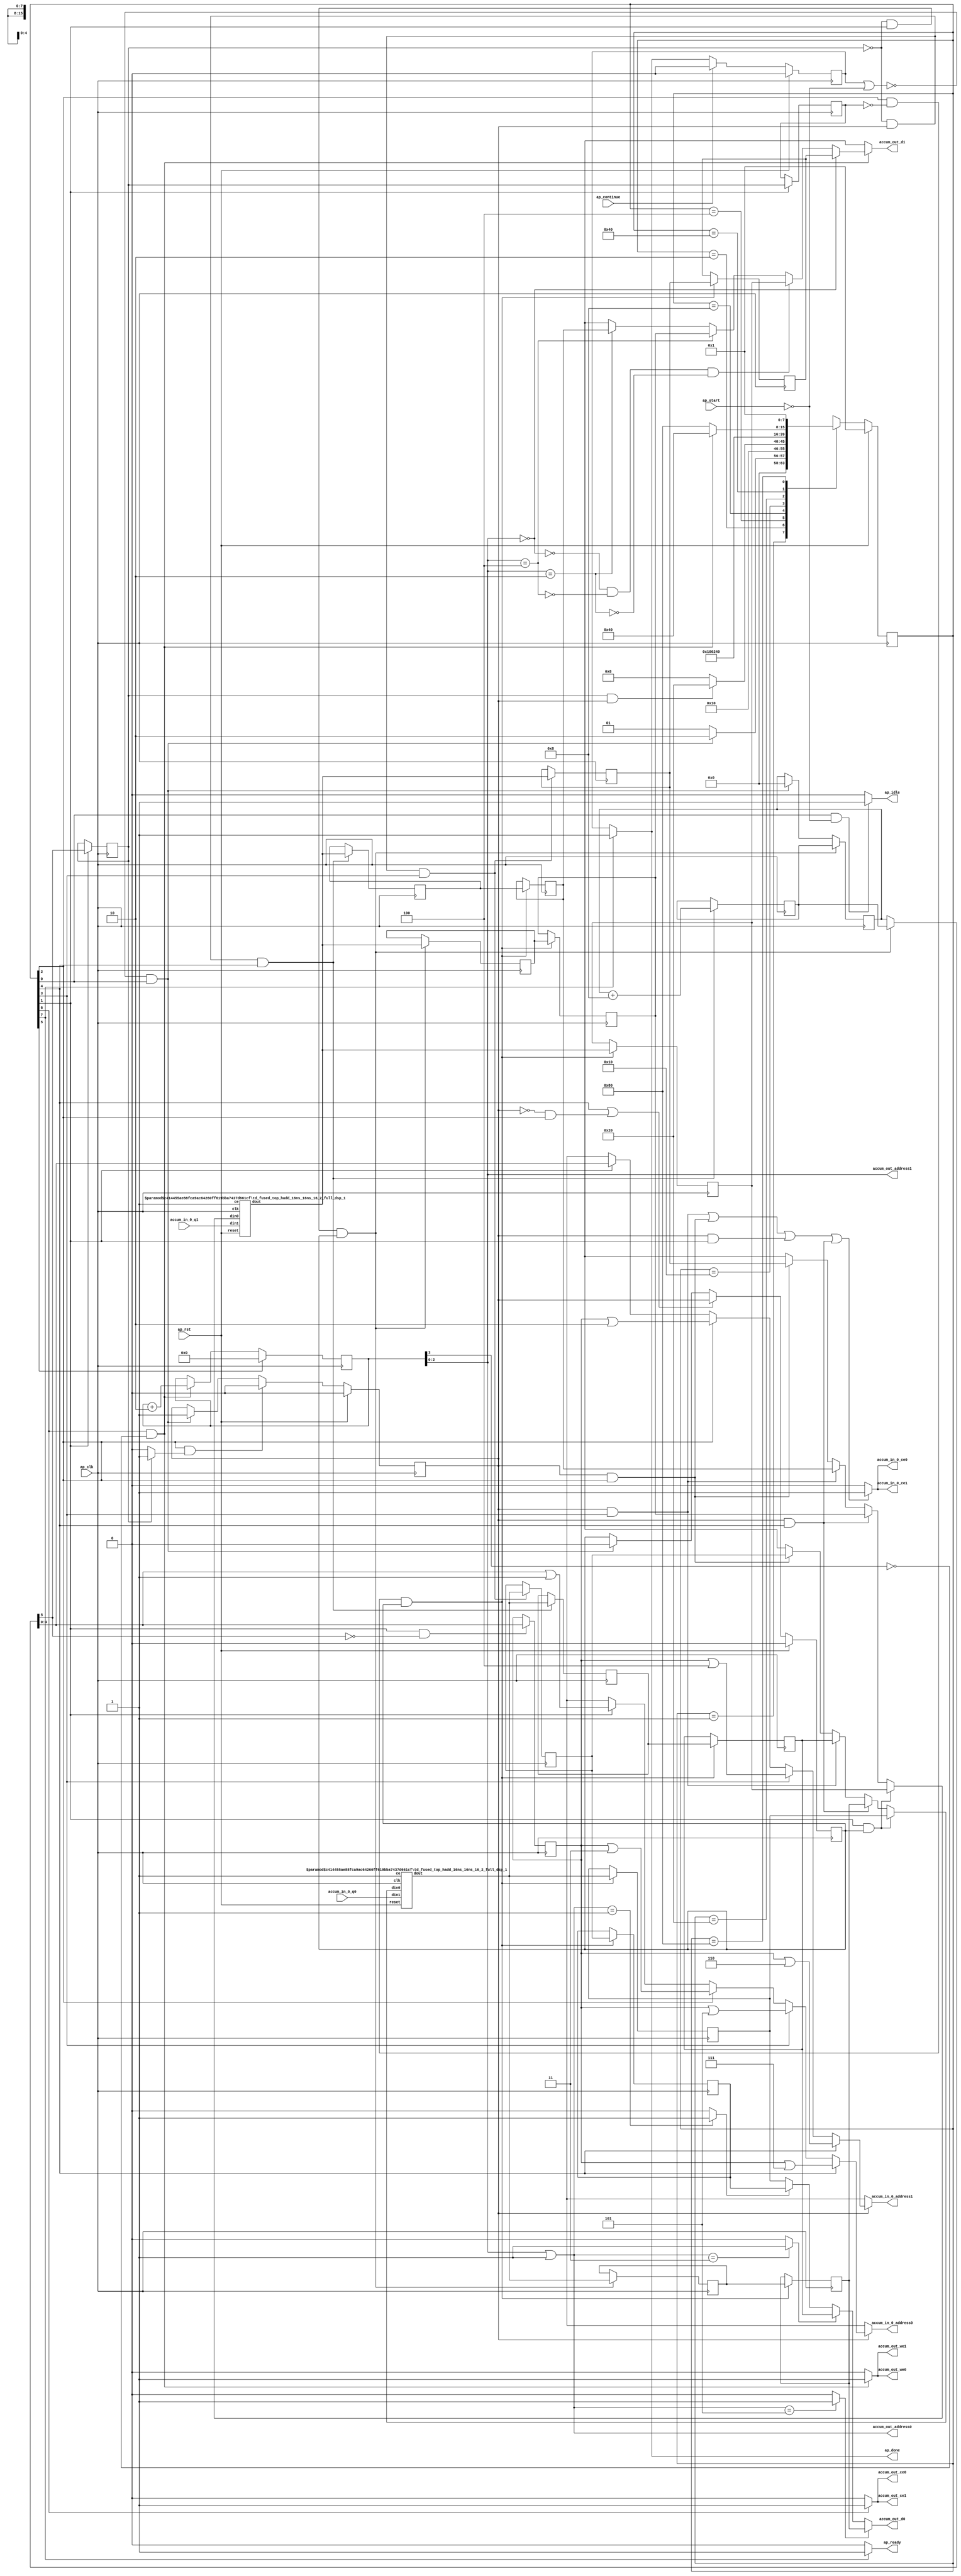
`define SIMULATION_MEMORY
`define EXPONENT 5
`define MANTISSA 10
`define ACTUAL_MANTISSA 11
`define EXPONENT_LSB 10
`define EXPONENT_MSB 14
`define MANTISSA_LSB 0
`define MANTISSA_MSB 9
`define MANTISSA_MUL_SPLIT_LSB 3
`define MANTISSA_MUL_SPLIT_MSB 9
`define SIGN 1
`define SIGN_LOC 15
`define DWIDTH (`SIGN+`EXPONENT+`MANTISSA)
`define IEEE_COMPLIANCE 1

module td_fused_top_tdf3_accum_1 (
        ap_clk,
        ap_rst,
        ap_start,
        ap_done,
        ap_continue,
        ap_idle,
        ap_ready,
        accum_in_0_address0,
        accum_in_0_ce0,
        accum_in_0_q0,
        accum_in_0_address1,
        accum_in_0_ce1,
        accum_in_0_q1,
        accum_out_address0,
        accum_out_ce0,
        accum_out_we0,
        accum_out_d0,
        accum_out_address1,
        accum_out_ce1,
        accum_out_we1,
        accum_out_d1
);

parameter    ap_ST_fsm_state1 = 8'd1;
parameter    ap_ST_fsm_pp0_stage0 = 8'd2;
parameter    ap_ST_fsm_pp0_stage1 = 8'd4;
parameter    ap_ST_fsm_pp0_stage2 = 8'd8;
parameter    ap_ST_fsm_pp0_stage3 = 8'd16;
parameter    ap_ST_fsm_state8 = 8'd32;
parameter    ap_ST_fsm_state9 = 8'd64;
parameter    ap_ST_fsm_state10 = 8'd128;

input   ap_clk;
input   ap_rst;
input   ap_start;
output   ap_done;
input   ap_continue;
output   ap_idle;
output   ap_ready;
output  [4:0] accum_in_0_address0;
output   accum_in_0_ce0;
input  [15:0] accum_in_0_q0;
output  [4:0] accum_in_0_address1;
output   accum_in_0_ce1;
input  [15:0] accum_in_0_q1;
output  [2:0] accum_out_address0;
output   accum_out_ce0;
output   accum_out_we0;
output  [15:0] accum_out_d0;
output  [2:0] accum_out_address1;
output   accum_out_ce1;
output   accum_out_we1;
output  [15:0] accum_out_d1;

reg ap_done;
reg ap_idle;
reg ap_ready;
reg[4:0] accum_in_0_address0;
reg accum_in_0_ce0;
reg[4:0] accum_in_0_address1;
reg accum_in_0_ce1;
reg accum_out_ce0;
reg accum_out_we0;
reg accum_out_ce1;
reg accum_out_we1;

reg    ap_done_reg;
  reg   [7:0] ap_CS_fsm;
wire    ap_CS_fsm_state1;
reg   [5:0] x_reg_168;
reg   [15:0] psum_7_08_reg_180;
reg   [15:0] psum_6_07_reg_192;
reg   [15:0] psum_5_06_reg_204;
reg   [15:0] psum_4_05_reg_216;
reg   [15:0] psum_3_04_reg_228;
reg   [15:0] psum_2_03_reg_240;
reg   [15:0] psum_1_02_reg_252;
reg   [15:0] psum_0_01_reg_264;
wire    ap_CS_fsm_pp0_stage1;
reg    ap_enable_reg_pp0_iter0;
wire    ap_block_state3_pp0_stage1_iter0;
wire    ap_block_state7_pp0_stage1_iter1;
wire    ap_block_pp0_stage1_11001;
reg   [0:0] tmp_reg_504;
wire    ap_CS_fsm_pp0_stage2;
wire    ap_block_state4_pp0_stage2_iter0;
wire    ap_block_pp0_stage2_11001;
wire    ap_CS_fsm_pp0_stage3;
wire    ap_block_state5_pp0_stage3_iter0;
wire    ap_block_pp0_stage3_11001;
wire    ap_CS_fsm_pp0_stage0;
reg    ap_enable_reg_pp0_iter1;
wire    ap_block_state2_pp0_stage0_iter0;
wire    ap_block_state6_pp0_stage0_iter1;
wire    ap_block_pp0_stage0_11001;
wire   [0:0] tmp_fu_333_p3;
reg   [0:0] tmp_reg_504_pp0_iter1_reg;
wire   [4:0] trunc_ln25_fu_346_p1;
reg   [4:0] trunc_ln25_reg_508;
wire   [15:0] grp_fu_305_p2;
reg   [15:0] psum_0_reg_538;
wire   [15:0] grp_fu_311_p2;
reg   [15:0] psum_1_reg_543;
wire   [5:0] add_ln25_fu_401_p2;
reg   [5:0] add_ln25_reg_558;
reg   [15:0] psum_2_reg_563;
reg   [15:0] psum_3_reg_568;
reg   [15:0] psum_4_reg_583;
reg   [15:0] psum_5_reg_588;
wire   [3:0] add_ln33_fu_444_p2;
wire    ap_CS_fsm_state9;
wire   [0:0] tmp_80_fu_427_p3;
reg    ap_block_state1;
wire    ap_block_pp0_stage1_subdone;
reg    ap_condition_pp0_exit_iter0_state3;
wire    ap_block_pp0_stage3_subdone;
reg   [5:0] ap_phi_mux_x_phi_fu_172_p4;
wire    ap_block_pp0_stage0;
wire    ap_block_pp0_stage1;
reg   [3:0] q_reg_276;
wire    ap_CS_fsm_state8;
reg   [15:0] ap_phi_mux_phi_ln45_phi_fu_290_p8;
wire   [2:0] trunc_ln33_fu_440_p1;
wire   [63:0] zext_ln25_fu_341_p1;
wire   [63:0] zext_ln29_fu_356_p1;
wire   [63:0] zext_ln29_13_fu_366_p1;
wire   [63:0] zext_ln29_14_fu_376_p1;
wire   [63:0] zext_ln29_15_fu_386_p1;
wire    ap_block_pp0_stage2;
wire   [63:0] zext_ln29_16_fu_396_p1;
wire   [63:0] zext_ln29_17_fu_412_p1;
wire    ap_block_pp0_stage3;
wire   [63:0] zext_ln29_18_fu_422_p1;
wire   [63:0] zext_ln33_fu_435_p1;
wire   [63:0] zext_ln33_3_fu_456_p1;
reg   [15:0] grp_fu_305_p0;
reg   [15:0] grp_fu_311_p0;
wire   [4:0] or_ln29_fu_350_p2;
wire   [4:0] or_ln29_13_fu_361_p2;
wire   [4:0] or_ln29_14_fu_371_p2;
wire   [4:0] or_ln29_15_fu_381_p2;
wire   [4:0] or_ln29_16_fu_391_p2;
wire   [4:0] or_ln29_17_fu_407_p2;
wire   [4:0] or_ln29_18_fu_417_p2;
wire   [2:0] or_ln33_fu_450_p2;
wire   [0:0] icmp_ln45_fu_461_p2;
wire   [0:0] icmp_ln45_5_fu_475_p2;
wire   [15:0] select_ln45_fu_467_p3;
wire   [0:0] icmp_ln45_6_fu_489_p2;
wire   [15:0] select_ln45_5_fu_481_p3;
wire    ap_CS_fsm_state10;
reg   [7:0] ap_NS_fsm;
wire    ap_block_pp0_stage0_subdone;
wire    ap_block_pp0_stage2_subdone;
reg    ap_idle_pp0;
wire    ap_enable_pp0;
reg    ap_condition_467;
wire    ap_ce_reg;

// power-on initialization
initial begin
#0 ap_done_reg = 1'b0;
#0 ap_CS_fsm = 8'd1;
#0 ap_enable_reg_pp0_iter0 = 1'b0;
#0 ap_enable_reg_pp0_iter1 = 1'b0;
end

td_fused_top_hadd_16ns_16ns_16_2_full_dsp_1 #(
    .ID( 1 ),
    .NUM_STAGE( 2 ),
    .din0_WIDTH( 16 ),
    .din1_WIDTH( 16 ),
    .dout_WIDTH( 16 ))
hadd_16ns_16ns_16_2_full_dsp_1_U254(
    .clk(ap_clk),
    .reset(ap_rst),
    .din0(grp_fu_305_p0),
    .din1(accum_in_0_q1),
    .ce(1'b1),
    .dout(grp_fu_305_p2)
);

td_fused_top_hadd_16ns_16ns_16_2_full_dsp_1 #(
    .ID( 1 ),
    .NUM_STAGE( 2 ),
    .din0_WIDTH( 16 ),
    .din1_WIDTH( 16 ),
    .dout_WIDTH( 16 ))
hadd_16ns_16ns_16_2_full_dsp_1_U255(
    .clk(ap_clk),
    .reset(ap_rst),
    .din0(grp_fu_311_p0),
    .din1(accum_in_0_q0),
    .ce(1'b1),
    .dout(grp_fu_311_p2)
);

always @ (posedge ap_clk) begin
    if (ap_rst == 1'b1) begin
        ap_CS_fsm <= ap_ST_fsm_state1;
    end else begin
        ap_CS_fsm <= ap_NS_fsm;
    end
end

always @ (posedge ap_clk) begin
    if (ap_rst == 1'b1) begin
        ap_done_reg <= 1'b0;
    end else begin
        if ((ap_continue == 1'b1)) begin
            ap_done_reg <= 1'b0;
        end else if ((1'b1 == ap_CS_fsm_state10)) begin
            ap_done_reg <= 1'b1;
        end
    end
end

always @ (posedge ap_clk) begin
    if (ap_rst == 1'b1) begin
        ap_enable_reg_pp0_iter0 <= 1'b0;
    end else begin
        if (((1'b0 == ap_block_pp0_stage1_subdone) & (1'b1 == ap_CS_fsm_pp0_stage1) & (1'b1 == ap_condition_pp0_exit_iter0_state3))) begin
            ap_enable_reg_pp0_iter0 <= 1'b0;
        end else if ((~((ap_done_reg == 1'b1) | (ap_start == 1'b0)) & (1'b1 == ap_CS_fsm_state1))) begin
            ap_enable_reg_pp0_iter0 <= 1'b1;
        end
    end
end

always @ (posedge ap_clk) begin
    if (ap_rst == 1'b1) begin
        ap_enable_reg_pp0_iter1 <= 1'b0;
    end else begin
        if ((((1'b0 == ap_block_pp0_stage3_subdone) & (1'b1 == ap_CS_fsm_pp0_stage3)) | ((1'b0 == ap_block_pp0_stage1_subdone) & (ap_enable_reg_pp0_iter0 == 1'b0) & (1'b1 == ap_CS_fsm_pp0_stage1)))) begin
            ap_enable_reg_pp0_iter1 <= ap_enable_reg_pp0_iter0;
        end else if ((~((ap_done_reg == 1'b1) | (ap_start == 1'b0)) & (1'b1 == ap_CS_fsm_state1))) begin
            ap_enable_reg_pp0_iter1 <= 1'b0;
        end
    end
end

always @ (posedge ap_clk) begin
    if ((1'b1 == ap_CS_fsm_state8)) begin
        q_reg_276 <= 4'd0;
    end else if (((1'b1 == ap_CS_fsm_state9) & (tmp_80_fu_427_p3 == 1'd0))) begin
        q_reg_276 <= add_ln33_fu_444_p2;
    end
end

always @ (posedge ap_clk) begin
    if (((tmp_reg_504 == 1'd0) & (1'b0 == ap_block_pp0_stage0_11001) & (1'b1 == ap_CS_fsm_pp0_stage0) & (ap_enable_reg_pp0_iter1 == 1'b1))) begin
        x_reg_168 <= add_ln25_reg_558;
    end else if ((~((ap_done_reg == 1'b1) | (ap_start == 1'b0)) & (1'b1 == ap_CS_fsm_state1))) begin
        x_reg_168 <= 6'd0;
    end
end

always @ (posedge ap_clk) begin
    if (((tmp_reg_504 == 1'd0) & (1'b0 == ap_block_pp0_stage3_11001) & (ap_enable_reg_pp0_iter0 == 1'b1) & (1'b1 == ap_CS_fsm_pp0_stage3))) begin
        add_ln25_reg_558 <= add_ln25_fu_401_p2;
        psum_2_reg_563 <= grp_fu_305_p2;
        psum_3_reg_568 <= grp_fu_311_p2;
    end
end

always @ (posedge ap_clk) begin
    if (((1'b0 == ap_block_pp0_stage1_11001) & (1'b1 == ap_CS_fsm_pp0_stage1) & (tmp_reg_504_pp0_iter1_reg == 1'd0) & (ap_enable_reg_pp0_iter1 == 1'b1))) begin
        psum_0_01_reg_264 <= psum_0_reg_538;
        psum_1_02_reg_252 <= psum_1_reg_543;
        psum_2_03_reg_240 <= psum_2_reg_563;
        psum_3_04_reg_228 <= psum_3_reg_568;
        psum_4_05_reg_216 <= psum_4_reg_583;
        psum_5_06_reg_204 <= psum_5_reg_588;
        psum_6_07_reg_192 <= grp_fu_305_p2;
        psum_7_08_reg_180 <= grp_fu_311_p2;
    end
end

always @ (posedge ap_clk) begin
    if (((tmp_reg_504 == 1'd0) & (1'b0 == ap_block_pp0_stage2_11001) & (ap_enable_reg_pp0_iter0 == 1'b1) & (1'b1 == ap_CS_fsm_pp0_stage2))) begin
        psum_0_reg_538 <= grp_fu_305_p2;
        psum_1_reg_543 <= grp_fu_311_p2;
    end
end

always @ (posedge ap_clk) begin
    if (((tmp_reg_504 == 1'd0) & (1'b0 == ap_block_pp0_stage0_11001) & (1'b1 == ap_CS_fsm_pp0_stage0) & (ap_enable_reg_pp0_iter1 == 1'b1))) begin
        psum_4_reg_583 <= grp_fu_305_p2;
        psum_5_reg_588 <= grp_fu_311_p2;
    end
end

always @ (posedge ap_clk) begin
    if (((1'b0 == ap_block_pp0_stage0_11001) & (1'b1 == ap_CS_fsm_pp0_stage0))) begin
        tmp_reg_504 <= ap_phi_mux_x_phi_fu_172_p4[32'd5];
        tmp_reg_504_pp0_iter1_reg <= tmp_reg_504;
    end
end

always @ (posedge ap_clk) begin
    if (((1'b0 == ap_block_pp0_stage0_11001) & (1'b1 == ap_CS_fsm_pp0_stage0) & (tmp_fu_333_p3 == 1'd0))) begin
        trunc_ln25_reg_508 <= trunc_ln25_fu_346_p1;
    end
end

always @ (*) begin
    if ((ap_enable_reg_pp0_iter0 == 1'b1)) begin
        if (((1'b0 == ap_block_pp0_stage3) & (1'b1 == ap_CS_fsm_pp0_stage3))) begin
            accum_in_0_address0 = zext_ln29_18_fu_422_p1;
        end else if (((1'b0 == ap_block_pp0_stage2) & (1'b1 == ap_CS_fsm_pp0_stage2))) begin
            accum_in_0_address0 = zext_ln29_16_fu_396_p1;
        end else if (((1'b0 == ap_block_pp0_stage1) & (1'b1 == ap_CS_fsm_pp0_stage1))) begin
            accum_in_0_address0 = zext_ln29_14_fu_376_p1;
        end else if (((1'b0 == ap_block_pp0_stage0) & (1'b1 == ap_CS_fsm_pp0_stage0))) begin
            accum_in_0_address0 = zext_ln29_fu_356_p1;
        end else begin
            accum_in_0_address0 = 'bx;
        end
    end else begin
        accum_in_0_address0 = 'bx;
    end
end

always @ (*) begin
    if ((ap_enable_reg_pp0_iter0 == 1'b1)) begin
        if (((1'b0 == ap_block_pp0_stage3) & (1'b1 == ap_CS_fsm_pp0_stage3))) begin
            accum_in_0_address1 = zext_ln29_17_fu_412_p1;
        end else if (((1'b0 == ap_block_pp0_stage2) & (1'b1 == ap_CS_fsm_pp0_stage2))) begin
            accum_in_0_address1 = zext_ln29_15_fu_386_p1;
        end else if (((1'b0 == ap_block_pp0_stage1) & (1'b1 == ap_CS_fsm_pp0_stage1))) begin
            accum_in_0_address1 = zext_ln29_13_fu_366_p1;
        end else if (((1'b0 == ap_block_pp0_stage0) & (1'b1 == ap_CS_fsm_pp0_stage0))) begin
            accum_in_0_address1 = zext_ln25_fu_341_p1;
        end else begin
            accum_in_0_address1 = 'bx;
        end
    end else begin
        accum_in_0_address1 = 'bx;
    end
end

always @ (*) begin
    if ((((1'b0 == ap_block_pp0_stage2_11001) & (ap_enable_reg_pp0_iter0 == 1'b1) & (1'b1 == ap_CS_fsm_pp0_stage2)) | ((1'b0 == ap_block_pp0_stage1_11001) & (ap_enable_reg_pp0_iter0 == 1'b1) & (1'b1 == ap_CS_fsm_pp0_stage1)) | ((1'b0 == ap_block_pp0_stage0_11001) & (ap_enable_reg_pp0_iter0 == 1'b1) & (1'b1 == ap_CS_fsm_pp0_stage0)) | ((1'b0 == ap_block_pp0_stage3_11001) & (ap_enable_reg_pp0_iter0 == 1'b1) & (1'b1 == ap_CS_fsm_pp0_stage3)))) begin
        accum_in_0_ce0 = 1'b1;
    end else begin
        accum_in_0_ce0 = 1'b0;
    end
end

always @ (*) begin
    if ((((1'b0 == ap_block_pp0_stage2_11001) & (ap_enable_reg_pp0_iter0 == 1'b1) & (1'b1 == ap_CS_fsm_pp0_stage2)) | ((1'b0 == ap_block_pp0_stage1_11001) & (ap_enable_reg_pp0_iter0 == 1'b1) & (1'b1 == ap_CS_fsm_pp0_stage1)) | ((1'b0 == ap_block_pp0_stage0_11001) & (ap_enable_reg_pp0_iter0 == 1'b1) & (1'b1 == ap_CS_fsm_pp0_stage0)) | ((1'b0 == ap_block_pp0_stage3_11001) & (ap_enable_reg_pp0_iter0 == 1'b1) & (1'b1 == ap_CS_fsm_pp0_stage3)))) begin
        accum_in_0_ce1 = 1'b1;
    end else begin
        accum_in_0_ce1 = 1'b0;
    end
end

always @ (*) begin
    if ((1'b1 == ap_CS_fsm_state9)) begin
        accum_out_ce0 = 1'b1;
    end else begin
        accum_out_ce0 = 1'b0;
    end
end

always @ (*) begin
    if ((1'b1 == ap_CS_fsm_state9)) begin
        accum_out_ce1 = 1'b1;
    end else begin
        accum_out_ce1 = 1'b0;
    end
end

always @ (*) begin
    if (((1'b1 == ap_CS_fsm_state9) & (tmp_80_fu_427_p3 == 1'd0))) begin
        accum_out_we0 = 1'b1;
    end else begin
        accum_out_we0 = 1'b0;
    end
end

always @ (*) begin
    if (((1'b1 == ap_CS_fsm_state9) & (tmp_80_fu_427_p3 == 1'd0))) begin
        accum_out_we1 = 1'b1;
    end else begin
        accum_out_we1 = 1'b0;
    end
end

always @ (*) begin
    if ((tmp_reg_504 == 1'd1)) begin
        ap_condition_pp0_exit_iter0_state3 = 1'b1;
    end else begin
        ap_condition_pp0_exit_iter0_state3 = 1'b0;
    end
end

always @ (*) begin
    if ((1'b1 == ap_CS_fsm_state10)) begin
        ap_done = 1'b1;
    end else begin
        ap_done = ap_done_reg;
    end
end

always @ (*) begin
    if (((1'b1 == ap_CS_fsm_state1) & (ap_start == 1'b0))) begin
        ap_idle = 1'b1;
    end else begin
        ap_idle = 1'b0;
    end
end

always @ (*) begin
    if (((ap_enable_reg_pp0_iter0 == 1'b0) & (ap_enable_reg_pp0_iter1 == 1'b0))) begin
        ap_idle_pp0 = 1'b1;
    end else begin
        ap_idle_pp0 = 1'b0;
    end
end

always @ (*) begin
    if (((1'b1 == ap_CS_fsm_state9) & (tmp_80_fu_427_p3 == 1'd0))) begin
        if ((trunc_ln33_fu_440_p1 == 3'd0)) begin
            ap_phi_mux_phi_ln45_phi_fu_290_p8 = psum_0_01_reg_264;
        end else if ((1'b1 == ap_condition_467)) begin
            ap_phi_mux_phi_ln45_phi_fu_290_p8 = psum_6_07_reg_192;
        end else if ((trunc_ln33_fu_440_p1 == 3'd4)) begin
            ap_phi_mux_phi_ln45_phi_fu_290_p8 = psum_4_05_reg_216;
        end else if ((trunc_ln33_fu_440_p1 == 3'd2)) begin
            ap_phi_mux_phi_ln45_phi_fu_290_p8 = psum_2_03_reg_240;
        end else begin
            ap_phi_mux_phi_ln45_phi_fu_290_p8 = 'bx;
        end
    end else begin
        ap_phi_mux_phi_ln45_phi_fu_290_p8 = 'bx;
    end
end

always @ (*) begin
    if (((tmp_reg_504 == 1'd0) & (1'b0 == ap_block_pp0_stage0) & (1'b1 == ap_CS_fsm_pp0_stage0) & (ap_enable_reg_pp0_iter1 == 1'b1))) begin
        ap_phi_mux_x_phi_fu_172_p4 = add_ln25_reg_558;
    end else begin
        ap_phi_mux_x_phi_fu_172_p4 = x_reg_168;
    end
end

always @ (*) begin
    if ((1'b1 == ap_CS_fsm_state10)) begin
        ap_ready = 1'b1;
    end else begin
        ap_ready = 1'b0;
    end
end

always @ (*) begin
    if (((1'b0 == ap_block_pp0_stage0) & (1'b1 == ap_CS_fsm_pp0_stage0) & (ap_enable_reg_pp0_iter1 == 1'b1))) begin
        grp_fu_305_p0 = psum_6_07_reg_192;
    end else if (((1'b0 == ap_block_pp0_stage3) & (ap_enable_reg_pp0_iter0 == 1'b1) & (1'b1 == ap_CS_fsm_pp0_stage3))) begin
        grp_fu_305_p0 = psum_4_05_reg_216;
    end else if (((1'b0 == ap_block_pp0_stage2) & (ap_enable_reg_pp0_iter0 == 1'b1) & (1'b1 == ap_CS_fsm_pp0_stage2))) begin
        grp_fu_305_p0 = psum_2_03_reg_240;
    end else if (((1'b0 == ap_block_pp0_stage1) & (ap_enable_reg_pp0_iter0 == 1'b1) & (1'b1 == ap_CS_fsm_pp0_stage1))) begin
        grp_fu_305_p0 = psum_0_reg_538;
    end else begin
        grp_fu_305_p0 = 'bx;
    end
end

always @ (*) begin
    if (((1'b0 == ap_block_pp0_stage0) & (1'b1 == ap_CS_fsm_pp0_stage0) & (ap_enable_reg_pp0_iter1 == 1'b1))) begin
        grp_fu_311_p0 = psum_7_08_reg_180;
    end else if (((1'b0 == ap_block_pp0_stage3) & (ap_enable_reg_pp0_iter0 == 1'b1) & (1'b1 == ap_CS_fsm_pp0_stage3))) begin
        grp_fu_311_p0 = psum_5_06_reg_204;
    end else if (((1'b0 == ap_block_pp0_stage2) & (ap_enable_reg_pp0_iter0 == 1'b1) & (1'b1 == ap_CS_fsm_pp0_stage2))) begin
        grp_fu_311_p0 = psum_3_04_reg_228;
    end else if (((1'b0 == ap_block_pp0_stage1) & (ap_enable_reg_pp0_iter0 == 1'b1) & (1'b1 == ap_CS_fsm_pp0_stage1))) begin
        grp_fu_311_p0 = psum_1_reg_543;
    end else begin
        grp_fu_311_p0 = 'bx;
    end
end

always @ (*) begin
    case (ap_CS_fsm)
        ap_ST_fsm_state1 : begin
            if ((~((ap_done_reg == 1'b1) | (ap_start == 1'b0)) & (1'b1 == ap_CS_fsm_state1))) begin
                ap_NS_fsm = ap_ST_fsm_pp0_stage0;
            end else begin
                ap_NS_fsm = ap_ST_fsm_state1;
            end
        end
        ap_ST_fsm_pp0_stage0 : begin
            if ((1'b0 == ap_block_pp0_stage0_subdone)) begin
                ap_NS_fsm = ap_ST_fsm_pp0_stage1;
            end else begin
                ap_NS_fsm = ap_ST_fsm_pp0_stage0;
            end
        end
        ap_ST_fsm_pp0_stage1 : begin
            if ((~((tmp_reg_504 == 1'd1) & (1'b0 == ap_block_pp0_stage1_subdone) & (ap_enable_reg_pp0_iter0 == 1'b1)) & (1'b0 == ap_block_pp0_stage1_subdone))) begin
                ap_NS_fsm = ap_ST_fsm_pp0_stage2;
            end else if (((tmp_reg_504 == 1'd1) & (1'b0 == ap_block_pp0_stage1_subdone) & (ap_enable_reg_pp0_iter0 == 1'b1))) begin
                ap_NS_fsm = ap_ST_fsm_state8;
            end else begin
                ap_NS_fsm = ap_ST_fsm_pp0_stage1;
            end
        end
        ap_ST_fsm_pp0_stage2 : begin
            if ((1'b0 == ap_block_pp0_stage2_subdone)) begin
                ap_NS_fsm = ap_ST_fsm_pp0_stage3;
            end else begin
                ap_NS_fsm = ap_ST_fsm_pp0_stage2;
            end
        end
        ap_ST_fsm_pp0_stage3 : begin
            if ((1'b0 == ap_block_pp0_stage3_subdone)) begin
                ap_NS_fsm = ap_ST_fsm_pp0_stage0;
            end else begin
                ap_NS_fsm = ap_ST_fsm_pp0_stage3;
            end
        end
        ap_ST_fsm_state8 : begin
            ap_NS_fsm = ap_ST_fsm_state9;
        end
        ap_ST_fsm_state9 : begin
            if (((1'b1 == ap_CS_fsm_state9) & (tmp_80_fu_427_p3 == 1'd0))) begin
                ap_NS_fsm = ap_ST_fsm_state9;
            end else begin
                ap_NS_fsm = ap_ST_fsm_state10;
            end
        end
        ap_ST_fsm_state10 : begin
            ap_NS_fsm = ap_ST_fsm_state1;
        end
        default : begin
            ap_NS_fsm = 'bx;
        end
    endcase
end

assign accum_out_address0 = zext_ln33_3_fu_456_p1;

assign accum_out_address1 = zext_ln33_fu_435_p1;

assign accum_out_d0 = ((icmp_ln45_6_fu_489_p2[0:0] == 1'b1) ? psum_5_06_reg_204 : select_ln45_5_fu_481_p3);

assign accum_out_d1 = ap_phi_mux_phi_ln45_phi_fu_290_p8;

assign add_ln25_fu_401_p2 = (x_reg_168 + 6'd8);

assign add_ln33_fu_444_p2 = (q_reg_276 + 4'd2);

assign ap_CS_fsm_pp0_stage0 = ap_CS_fsm[32'd1];

assign ap_CS_fsm_pp0_stage1 = ap_CS_fsm[32'd2];

assign ap_CS_fsm_pp0_stage2 = ap_CS_fsm[32'd3];

assign ap_CS_fsm_pp0_stage3 = ap_CS_fsm[32'd4];

assign ap_CS_fsm_state1 = ap_CS_fsm[32'd0];

assign ap_CS_fsm_state10 = ap_CS_fsm[32'd7];

assign ap_CS_fsm_state8 = ap_CS_fsm[32'd5];

assign ap_CS_fsm_state9 = ap_CS_fsm[32'd6];

assign ap_block_pp0_stage0 = ~(1'b1 == 1'b1);

assign ap_block_pp0_stage0_11001 = ~(1'b1 == 1'b1);

assign ap_block_pp0_stage0_subdone = ~(1'b1 == 1'b1);

assign ap_block_pp0_stage1 = ~(1'b1 == 1'b1);

assign ap_block_pp0_stage1_11001 = ~(1'b1 == 1'b1);

assign ap_block_pp0_stage1_subdone = ~(1'b1 == 1'b1);

assign ap_block_pp0_stage2 = ~(1'b1 == 1'b1);

assign ap_block_pp0_stage2_11001 = ~(1'b1 == 1'b1);

assign ap_block_pp0_stage2_subdone = ~(1'b1 == 1'b1);

assign ap_block_pp0_stage3 = ~(1'b1 == 1'b1);

assign ap_block_pp0_stage3_11001 = ~(1'b1 == 1'b1);

assign ap_block_pp0_stage3_subdone = ~(1'b1 == 1'b1);

always @ (*) begin
    ap_block_state1 = ((ap_done_reg == 1'b1) | (ap_start == 1'b0));
end

assign ap_block_state2_pp0_stage0_iter0 = ~(1'b1 == 1'b1);

assign ap_block_state3_pp0_stage1_iter0 = ~(1'b1 == 1'b1);

assign ap_block_state4_pp0_stage2_iter0 = ~(1'b1 == 1'b1);

assign ap_block_state5_pp0_stage3_iter0 = ~(1'b1 == 1'b1);

assign ap_block_state6_pp0_stage0_iter1 = ~(1'b1 == 1'b1);

assign ap_block_state7_pp0_stage1_iter1 = ~(1'b1 == 1'b1);

always @ (*) begin
    ap_condition_467 = (~(trunc_ln33_fu_440_p1 == 3'd0) & ~(trunc_ln33_fu_440_p1 == 3'd4) & ~(trunc_ln33_fu_440_p1 == 3'd2));
end

assign ap_enable_pp0 = (ap_idle_pp0 ^ 1'b1);

assign icmp_ln45_5_fu_475_p2 = ((or_ln33_fu_450_p2 == 3'd3) ? 1'b1 : 1'b0);

assign icmp_ln45_6_fu_489_p2 = ((or_ln33_fu_450_p2 == 3'd5) ? 1'b1 : 1'b0);

assign icmp_ln45_fu_461_p2 = ((or_ln33_fu_450_p2 == 3'd1) ? 1'b1 : 1'b0);

assign or_ln29_13_fu_361_p2 = (trunc_ln25_reg_508 | 5'd2);

assign or_ln29_14_fu_371_p2 = (trunc_ln25_reg_508 | 5'd3);

assign or_ln29_15_fu_381_p2 = (trunc_ln25_reg_508 | 5'd4);

assign or_ln29_16_fu_391_p2 = (trunc_ln25_reg_508 | 5'd5);

assign or_ln29_17_fu_407_p2 = (trunc_ln25_reg_508 | 5'd6);

assign or_ln29_18_fu_417_p2 = (trunc_ln25_reg_508 | 5'd7);

assign or_ln29_fu_350_p2 = (trunc_ln25_fu_346_p1 | 5'd1);

assign or_ln33_fu_450_p2 = (trunc_ln33_fu_440_p1 | 3'd1);

assign select_ln45_5_fu_481_p3 = ((icmp_ln45_5_fu_475_p2[0:0] == 1'b1) ? psum_3_04_reg_228 : select_ln45_fu_467_p3);

assign select_ln45_fu_467_p3 = ((icmp_ln45_fu_461_p2[0:0] == 1'b1) ? psum_1_02_reg_252 : psum_7_08_reg_180);

assign tmp_80_fu_427_p3 = q_reg_276[32'd3];

assign tmp_fu_333_p3 = ap_phi_mux_x_phi_fu_172_p4[32'd5];

assign trunc_ln25_fu_346_p1 = ap_phi_mux_x_phi_fu_172_p4[4:0];

assign trunc_ln33_fu_440_p1 = q_reg_276[2:0];

assign zext_ln25_fu_341_p1 = ap_phi_mux_x_phi_fu_172_p4;

assign zext_ln29_13_fu_366_p1 = or_ln29_13_fu_361_p2;

assign zext_ln29_14_fu_376_p1 = or_ln29_14_fu_371_p2;

assign zext_ln29_15_fu_386_p1 = or_ln29_15_fu_381_p2;

assign zext_ln29_16_fu_396_p1 = or_ln29_16_fu_391_p2;

assign zext_ln29_17_fu_412_p1 = or_ln29_17_fu_407_p2;

assign zext_ln29_18_fu_422_p1 = or_ln29_18_fu_417_p2;

assign zext_ln29_fu_356_p1 = or_ln29_fu_350_p2;

assign zext_ln33_3_fu_456_p1 = or_ln33_fu_450_p2;

assign zext_ln33_fu_435_p1 = q_reg_276;

endmodule //td_fused_top_tdf3_accum_1

module td_fused_top_hadd_16ns_16ns_16_2_full_dsp_1
#(parameter
    ID         = 45,
    NUM_STAGE  = 2,
    din0_WIDTH = 16,
    din1_WIDTH = 16,
    dout_WIDTH = 16
)(
    input  wire                  clk,
    input  wire                  reset,
    input  wire                  ce,
    input  wire [din0_WIDTH-1:0] din0,
    input  wire [din1_WIDTH-1:0] din1,
    output wire [dout_WIDTH-1:0] dout
);
//------------------------Local signal-------------------
wire                  a_tvalid;
wire [15:0]           a_tdata;
wire                  b_tvalid;
wire [15:0]           b_tdata;
wire                  r_tvalid;
wire [15:0]           r_tdata;
reg  [din0_WIDTH-1:0] din0_buf1;
reg  [din1_WIDTH-1:0] din1_buf1;
reg                   ce_r;
wire [dout_WIDTH-1:0] dout_i;
reg  [dout_WIDTH-1:0] dout_r;
//------------------------Instantiation------------------
td_fused_top_ap_hadd_0_full_dsp_16 td_fused_top_ap_hadd_0_full_dsp_16_u (
    .s_axis_a_tvalid      ( a_tvalid ),
    .s_axis_a_tdata       ( a_tdata ),
    .s_axis_b_tvalid      ( b_tvalid ),
    .s_axis_b_tdata       ( b_tdata ),
    .m_axis_result_tvalid ( r_tvalid ),
    .m_axis_result_tdata  ( r_tdata )
);
//------------------------Body---------------------------
assign a_tvalid = 1'b1;
assign a_tdata  = din0_buf1;
assign b_tvalid = 1'b1;
assign b_tdata  = din1_buf1;
assign dout_i   = r_tdata;

always @(posedge clk) begin
    if (ce) begin
        din0_buf1 <= din0;
        din1_buf1 <= din1;
    end
end

always @ (posedge clk) begin
    ce_r <= ce;
end

always @ (posedge clk) begin
    if (ce_r) begin
        dout_r <= dout_i;
    end
end

assign dout = ce_r?dout_i:dout_r;
endmodule
module td_fused_top_ap_hadd_0_full_dsp_16 (
   input  wire        s_axis_a_tvalid,
   input  wire [15:0] s_axis_a_tdata,
   input  wire        s_axis_b_tvalid,
   input  wire [15:0] s_axis_b_tdata,
   output wire        m_axis_result_tvalid,
   output wire [15:0] m_axis_result_tdata
);


`ifdef complex_dsp
   adder_fp u_add_fp (
      .a(s_axis_a_tdata),
      .b(s_axis_b_tdata),
      .out(m_axis_result_tdata)
   );
`else
FPAddSub u_FPAddSub (.clk(), .rst(1'b0), .a(s_axis_a_tdata), .b(s_axis_b_tdata), .operation(1'b0), .result(m_axis_result_tdata), .flags());
`endif

endmodule
module FPAddSub(
		clk,
		rst,
		a,
		b,
		operation,			// 0 add, 1 sub
		result,
		flags
	);

	// Clock and reset
	input clk ;										// Clock signal
	input rst ;										// Reset (active high, resets pipeline registers)

	// Input ports
	input [`DWIDTH-1:0] a ;								// Input A, a 32-bit floating point number
	input [`DWIDTH-1:0] b ;								// Input B, a 32-bit floating point number
	input operation ;								// Operation select signal

	// Output ports
	output [`DWIDTH-1:0] result ;						// Result of the operation
	output [4:0] flags ;							// Flags indicating exceptions according to IEEE754

	// Pipeline Registers
	//reg [79:0] pipe_1;							// Pipeline register PreAlign->Align1
	reg [`DWIDTH*2+15:0] pipe_1;							// Pipeline register PreAlign->Align1

	//reg [67:0] pipe_2;							// Pipeline register Align1->Align3
	reg [`MANTISSA*2+`EXPONENT+13:0] pipe_2;							// Pipeline register Align1->Align3

	//reg [76:0] pipe_3;	68						// Pipeline register Align1->Align3
	reg [`MANTISSA*2+`EXPONENT+14:0] pipe_3;							// Pipeline register Align1->Align3

	//reg [69:0] pipe_4;							// Pipeline register Align3->Execute
	reg [`MANTISSA*2+`EXPONENT+15:0] pipe_4;							// Pipeline register Align3->Execute

	//reg [51:0] pipe_5;							// Pipeline register Execute->Normalize
	reg [`DWIDTH+`EXPONENT+11:0] pipe_5;							// Pipeline register Execute->Normalize

	//reg [56:0] pipe_6;							// Pipeline register Nomalize->NormalizeShift1
	reg [`DWIDTH+`EXPONENT+16:0] pipe_6;							// Pipeline register Nomalize->NormalizeShift1

	//reg [56:0] pipe_7;							// Pipeline register NormalizeShift2->NormalizeShift3
	reg [`DWIDTH+`EXPONENT+16:0] pipe_7;							// Pipeline register NormalizeShift2->NormalizeShift3

	//reg [54:0] pipe_8;							// Pipeline register NormalizeShift3->Round
	reg [`EXPONENT*2+`MANTISSA+15:0] pipe_8;							// Pipeline register NormalizeShift3->Round

	//reg [40:0] pipe_9;							// Pipeline register NormalizeShift3->Round
	reg [`DWIDTH+8:0] pipe_9;							// Pipeline register NormalizeShift3->Round

	// Internal wires between modules
	wire [`DWIDTH-2:0] Aout_0 ;							// A - sign
	wire [`DWIDTH-2:0] Bout_0 ;							// B - sign
	wire Opout_0 ;									// A's sign
	wire Sa_0 ;										// A's sign
	wire Sb_0 ;										// B's sign
	wire MaxAB_1 ;									// Indicates the larger of A and B(0/A, 1/B)
	wire [`EXPONENT-1:0] CExp_1 ;							// Common Exponent
	wire [4:0] Shift_1 ;							// Number of steps to smaller mantissa shift right (align)
	wire [`MANTISSA-1:0] Mmax_1 ;							// Larger mantissa
	wire [4:0] InputExc_0 ;						// Input numbers are exceptions
	wire [9:0] ShiftDet_0 ;
	wire [`MANTISSA-1:0] MminS_1 ;						// Smaller mantissa after 0/16 shift
	wire [`MANTISSA:0] MminS_2 ;						// Smaller mantissa after 0/4/8/12 shift
	wire [`MANTISSA:0] Mmin_3 ;							// Smaller mantissa after 0/1/2/3 shift
	wire [`DWIDTH:0] Sum_4 ;
	wire PSgn_4 ;
	wire Opr_4 ;
	wire [4:0] Shift_5 ;							// Number of steps to shift sum left (normalize)
	wire [`DWIDTH:0] SumS_5 ;							// Sum after 0/16 shift
	wire [`DWIDTH:0] SumS_6 ;							// Sum after 0/16 shift
	wire [`DWIDTH:0] SumS_7 ;							// Sum after 0/16 shift
	wire [`MANTISSA-1:0] NormM_8 ;						// Normalized mantissa
	wire [`EXPONENT:0] NormE_8;							// Adjusted exponent
	wire ZeroSum_8 ;								// Zero flag
	wire NegE_8 ;									// Flag indicating negative exponent
	wire R_8 ;										// Round bit
	wire S_8 ;										// Final sticky bit
	wire FG_8 ;										// Final sticky bit
	wire [`DWIDTH-1:0] P_int ;
	wire EOF ;

	// Prepare the operands for alignment and check for exceptions
	FPAddSub_PrealignModule PrealignModule
	(	// Inputs
		a, b, operation,
		// Outputs
		Sa_0, Sb_0, ShiftDet_0[9:0], InputExc_0[4:0], Aout_0[`DWIDTH-2:0], Bout_0[`DWIDTH-2:0], Opout_0) ;

	// Prepare the operands for alignment and check for exceptions
	FPAddSub_AlignModule AlignModule
	(	// Inputs
		pipe_1[14+2*`DWIDTH:16+`DWIDTH], pipe_1[15+`DWIDTH:17], pipe_1[14:5],
		// Outputs
		CExp_1[`EXPONENT-1:0], MaxAB_1, Shift_1[4:0], MminS_1[`MANTISSA-1:0], Mmax_1[`MANTISSA-1:0]) ;

	// Alignment Shift Stage 1
	FPAddSub_AlignShift1 AlignShift1
	(  // Inputs
		pipe_2[`MANTISSA-1:0], pipe_2[2*`MANTISSA+9:2*`MANTISSA+7],
		// Outputs
		MminS_2[`MANTISSA:0]) ;

	// Alignment Shift Stage 3 and compution of guard and sticky bits
	FPAddSub_AlignShift2 AlignShift2
	(  // Inputs
		pipe_3[`MANTISSA:0], pipe_3[2*`MANTISSA+7:2*`MANTISSA+6],
		// Outputs
		Mmin_3[`MANTISSA:0]) ;

	// Perform mantissa addition
	FPAddSub_ExecutionModule ExecutionModule
	(  // Inputs
		pipe_4[`MANTISSA*2+5:`MANTISSA+6], pipe_4[`MANTISSA:0], pipe_4[`MANTISSA*2+`EXPONENT+13], pipe_4[`MANTISSA*2+`EXPONENT+12], pipe_4[`MANTISSA*2+`EXPONENT+11], pipe_4[`MANTISSA*2+`EXPONENT+14],
		// Outputs
		Sum_4[`DWIDTH:0], PSgn_4, Opr_4) ;

	// Prepare normalization of result
	FPAddSub_NormalizeModule NormalizeModule
	(  // Inputs
		pipe_5[`DWIDTH:0],
		// Outputs
		SumS_5[`DWIDTH:0], Shift_5[4:0]) ;

	// Normalization Shift Stage 1
	FPAddSub_NormalizeShift1 NormalizeShift1
	(  // Inputs
		pipe_6[`DWIDTH:0], pipe_6[`DWIDTH+`EXPONENT+14:`DWIDTH+`EXPONENT+11],
		// Outputs
		SumS_7[`DWIDTH:0]) ;

	// Normalization Shift Stage 3 and final guard, sticky and round bits
	FPAddSub_NormalizeShift2 NormalizeShift2
	(  // Inputs
		pipe_7[`DWIDTH:0], pipe_7[`DWIDTH+`EXPONENT+5:`DWIDTH+6], pipe_7[`DWIDTH+`EXPONENT+15:`DWIDTH+`EXPONENT+11],
		// Outputs
		NormM_8[`MANTISSA-1:0], NormE_8[`EXPONENT:0], ZeroSum_8, NegE_8, R_8, S_8, FG_8) ;

	// Round and put result together
	FPAddSub_RoundModule RoundModule
	(  // Inputs
		 pipe_8[3], pipe_8[4+`EXPONENT:4], pipe_8[`EXPONENT+`MANTISSA+4:5+`EXPONENT], pipe_8[1], pipe_8[0], pipe_8[`EXPONENT*2+`MANTISSA+15], pipe_8[`EXPONENT*2+`MANTISSA+12], pipe_8[`EXPONENT*2+`MANTISSA+11], pipe_8[`EXPONENT*2+`MANTISSA+14], pipe_8[`EXPONENT*2+`MANTISSA+10],
		// Outputs
		P_int[`DWIDTH-1:0], EOF) ;

	// Check for exceptions
	FPAddSub_ExceptionModule Exceptionmodule
	(  // Inputs
		pipe_9[8+`DWIDTH:9], pipe_9[8], pipe_9[7], pipe_9[6], pipe_9[5:1], pipe_9[0],
		// Outputs
		result[`DWIDTH-1:0], flags[4:0]) ;

	always @ (*) begin
		if(rst) begin
			pipe_1 = 0;
			pipe_2 = 0;
			pipe_3 = 0;
			pipe_4 = 0;
			pipe_5 = 0;
			pipe_6 = 0;
			pipe_7 = 0;
			pipe_8 = 0;
			pipe_9 = 0;
		end
		else begin

			pipe_1 = {Opout_0, Aout_0[`DWIDTH-2:0], Bout_0[`DWIDTH-2:0], Sa_0, Sb_0, ShiftDet_0[9:0], InputExc_0[4:0]} ;
			// PIPE_2 :
			//[67] operation
			//[66] Sa_0
			//[65] Sb_0
			//[64] MaxAB_0
			//[63:56] CExp_0
			//[55:51] Shift_0
			//[50:28] Mmax_0
			//[27:23] InputExc_0
			//[22:0] MminS_1
			//
			pipe_2 = {pipe_1[`DWIDTH*2+15], pipe_1[16:15], MaxAB_1, CExp_1[`EXPONENT-1:0], Shift_1[4:0], Mmax_1[`MANTISSA-1:0], pipe_1[4:0], MminS_1[`MANTISSA-1:0]} ;
			// PIPE_3 :
			//[68] operation
			//[67] Sa_0
			//[66] Sb_0
			//[65] MaxAB_0
			//[64:57] CExp_0
			//[56:52] Shift_0
			//[51:29] Mmax_0
			//[28:24] InputExc_0
			//[23:0] MminS_1
			//
			pipe_3 = {pipe_2[`MANTISSA*2+`EXPONENT+13:`MANTISSA], MminS_2[`MANTISSA:0]} ;
			// PIPE_4 :
			//[68] operation
			//[67] Sa_0
			//[66] Sb_0
			//[65] MaxAB_0
			//[64:57] CExp_0
			//[56:52] Shift_0
			//[51:29] Mmax_0
			//[28:24] InputExc_0
			//[23:0] Mmin_3
			//
			pipe_4 = {pipe_3[`MANTISSA*2+`EXPONENT+14:`MANTISSA+1], Mmin_3[`MANTISSA:0]} ;
			// PIPE_5 :
			//[51] operation
			//[50] PSgn_4
			//[49] Opr_4
			//[48] Sa_0
			//[47] Sb_0
			//[46] MaxAB_0
			//[45:38] CExp_0
			//[37:33] InputExc_0
			//[32:0] Sum_4
			//
			pipe_5 = {pipe_4[2*`MANTISSA+`EXPONENT+14], PSgn_4, Opr_4, pipe_4[2*`MANTISSA+`EXPONENT+13:2*`MANTISSA+11], pipe_4[`MANTISSA+5:`MANTISSA+1], Sum_4[`DWIDTH:0]} ;
			// PIPE_6 :
			//[56] operation
			//[55:51] Shift_5
			//[50] PSgn_4
			//[49] Opr_4
			//[48] Sa_0
			//[47] Sb_0
			//[46] MaxAB_0
			//[45:38] CExp_0
			//[37:33] InputExc_0
			//[32:0] Sum_4
			//
			pipe_6 = {pipe_5[`EXPONENT+`EXPONENT+11], Shift_5[4:0], pipe_5[`DWIDTH+`EXPONENT+10:`DWIDTH+1], SumS_5[`DWIDTH:0]} ;
			// pipe_7 :
			//[56] operation
			//[55:51] Shift_5
			//[50] PSgn_4
			//[49] Opr_4
			//[48] Sa_0
			//[47] Sb_0
			//[46] MaxAB_0
			//[45:38] CExp_0
			//[37:33] InputExc_0
			//[32:0] Sum_4
			//
			pipe_7 = {pipe_6[`DWIDTH+`EXPONENT+16:`DWIDTH+1], SumS_7[`DWIDTH:0]} ;
			// pipe_8:
			//[54] FG_8
			//[53] operation
			//[52] PSgn_4
			//[51] Sa_0
			//[50] Sb_0
			//[49] MaxAB_0
			//[48:41] CExp_0
			//[40:36] InputExc_8
			//[35:13] NormM_8
			//[12:4] NormE_8
			//[3] ZeroSum_8
			//[2] NegE_8
			//[1] R_8
			//[0] S_8
			//
			pipe_8 = {FG_8, pipe_7[`DWIDTH+`EXPONENT+16], pipe_7[`DWIDTH+`EXPONENT+10], pipe_7[`DWIDTH+`EXPONENT+8:`DWIDTH+1], NormM_8[`MANTISSA-1:0], NormE_8[`EXPONENT:0], ZeroSum_8, NegE_8, R_8, S_8} ;
			// pipe_9:
			//[40:9] P_int
			//[8] NegE_8
			//[7] R_8
			//[6] S_8
			//[5:1] InputExc_8
			//[0] EOF
			//
			pipe_9 = {P_int[`DWIDTH-1:0], pipe_8[2], pipe_8[1], pipe_8[0], pipe_8[`EXPONENT+`MANTISSA+9:`EXPONENT+`MANTISSA+5], EOF} ;
		end
	end

endmodule
module FPAddSub_ExceptionModule(
		Z,
		NegE,
		R,
		S,
		InputExc,
		EOF,
		P,
		Flags
    );

	// Input ports
	input [`DWIDTH-1:0] Z	;					// Final product
	input NegE ;						// Negative exponent?
	input R ;							// Round bit
	input S ;							// Sticky bit
	input [4:0] InputExc ;			// Exceptions in inputs A and B
	input EOF ;

	// Output ports
	output [`DWIDTH-1:0] P ;					// Final result
	output [4:0] Flags ;				// Exception flags

	// Internal signals
	wire Overflow ;					// Overflow flag
	wire Underflow ;					// Underflow flag
	wire DivideByZero ;				// Divide-by-Zero flag (always 0 in Add/Sub)
	wire Invalid ;						// Invalid inputs or result
	wire Inexact ;						// Result is inexact because of rounding

	// Exception flags

	// Result is too big to be represented
	assign Overflow = EOF | InputExc[1] | InputExc[0] ;

	// Result is too small to be represented
	assign Underflow = NegE & (R | S);

	// Infinite result computed exactly from finite operands
	assign DivideByZero = &(Z[`MANTISSA+`EXPONENT-1:`MANTISSA]) & ~|(Z[`MANTISSA+`EXPONENT-1:`MANTISSA]) & ~InputExc[1] & ~InputExc[0];

	// Invalid inputs or operation
	assign Invalid = |(InputExc[4:2]) ;

	// Inexact answer due to rounding, overflow or underflow
	assign Inexact = (R | S) | Overflow | Underflow;

	// Put pieces together to form final result
	assign P = Z ;

	// Collect exception flags
	assign Flags = {Overflow, Underflow, DivideByZero, Invalid, Inexact} ;

endmodule
module FPAddSub_RoundModule(
		ZeroSum,
		NormE,
		NormM,
		R,
		S,
		G,
		Sa,
		Sb,
		Ctrl,
		MaxAB,
		Z,
		EOF
    );

	// Input ports
	input ZeroSum ;					// Sum is zero
	input [`EXPONENT:0] NormE ;				// Normalized exponent
	input [`MANTISSA-1:0] NormM ;				// Normalized mantissa
	input R ;							// Round bit
	input S ;							// Sticky bit
	input G ;
	input Sa ;							// A's sign bit
	input Sb ;							// B's sign bit
	input Ctrl ;						// Control bit (operation)
	input MaxAB ;

	// Output ports
	output [`DWIDTH-1:0] Z ;					// Final result
	output EOF ;

	// Internal signals
	wire [`MANTISSA:0] RoundUpM ;			// Rounded up sum with room for overflow
	wire [`MANTISSA-1:0] RoundM ;				// The final rounded sum
	wire [`EXPONENT:0] RoundE ;				// Rounded exponent (note extra bit due to poential overflow	)
	wire RoundUp ;						// Flag indicating that the sum should be rounded up
        wire FSgn;
	wire ExpAdd ;						// May have to add 1 to compensate for overflow
	wire RoundOF ;						// Rounding overflow

	// The cases where we need to round upwards (= adding one) in Round to nearest, tie to even
	assign RoundUp = (G & ((R | S) | NormM[0])) ;

	// Note that in the other cases (rounding down), the sum is already 'rounded'
	assign RoundUpM = (NormM + 1) ;								// The sum, rounded up by 1
	assign RoundM = (RoundUp ? RoundUpM[`MANTISSA-1:0] : NormM) ; 	// Compute final mantissa
	assign RoundOF = RoundUp & RoundUpM[`MANTISSA] ; 				// Check for overflow when rounding up

	// Calculate post-rounding exponent
	assign ExpAdd = (RoundOF ? 1'b1 : 1'b0) ; 				// Add 1 to exponent to compensate for overflow
	assign RoundE = ZeroSum ? 5'b00000 : (NormE + ExpAdd) ; 							// Final exponent

	// If zero, need to determine sign according to rounding
	assign FSgn = (ZeroSum & (Sa ^ Sb)) | (ZeroSum ? (Sa & Sb & ~Ctrl) : ((~MaxAB & Sa) | ((Ctrl ^ Sb) & (MaxAB | Sa)))) ;

	// Assign final result
	assign Z = {FSgn, RoundE[`EXPONENT-1:0], RoundM[`MANTISSA-1:0]} ;

	// Indicate exponent overflow
	assign EOF = RoundE[`EXPONENT];

endmodule
module FPAddSub_NormalizeShift2(
		PSSum,
		CExp,
		Shift,
		NormM,
		NormE,
		ZeroSum,
		NegE,
		R,
		S,
		FG
	);

	// Input ports
	input [`DWIDTH:0] PSSum ;					// The Pre-Shift-Sum
	input [`EXPONENT-1:0] CExp ;
	input [4:0] Shift ;					// Amount to be shifted

	// Output ports
	output [`MANTISSA-1:0] NormM ;				// Normalized mantissa
	output [`EXPONENT:0] NormE ;					// Adjusted exponent
	output ZeroSum ;						// Zero flag
	output NegE ;							// Flag indicating negative exponent
	output R ;								// Round bit
	output S ;								// Final sticky bit
	output FG ;

	// Internal signals
	wire MSBShift ;						// Flag indicating that a second shift is needed
	wire [`EXPONENT:0] ExpOF ;					// MSB set in sum indicates overflow
	wire [`EXPONENT:0] ExpOK ;					// MSB not set, no adjustment

	// Calculate normalized exponent and mantissa, check for all-zero sum
	assign MSBShift = PSSum[`DWIDTH] ;		// Check MSB in unnormalized sum
	assign ZeroSum = ~|PSSum ;			// Check for all zero sum
	assign ExpOK = CExp - Shift ;		// Adjust exponent for new normalized mantissa
	assign NegE = ExpOK[`EXPONENT] ;			// Check for exponent overflow
	assign ExpOF = CExp - Shift + 1'b1 ;		// If MSB set, add one to exponent(x2)
	assign NormE = MSBShift ? ExpOF : ExpOK ;			// Check for exponent overflow
	assign NormM = PSSum[`DWIDTH-1:`EXPONENT+1] ;		// The new, normalized mantissa

	// Also need to compute sticky and round bits for the rounding stage
	assign FG = PSSum[`EXPONENT] ;
	assign R = PSSum[`EXPONENT-1] ;
	assign S = |PSSum[`EXPONENT-2:0] ;

endmodule
module FPAddSub_NormalizeShift1(
		MminP,
		Shift,
		Mmin
	);

	// Input ports
	input [`DWIDTH:0] MminP ;						// Smaller mantissa after 16|12|8|4 shift
	input [3:0] Shift ;						// Shift amount

	// Output ports
	output [`DWIDTH:0] Mmin ;						// The smaller mantissa

	reg	  [`DWIDTH:0]		Lvl2;
	wire    [2*`DWIDTH+1:0]    Stage1;
	reg	  [`DWIDTH:0]		Lvl3;
	wire    [2*`DWIDTH+1:0]    Stage2;
	integer           i;               	// Loop variable

	assign Stage1 = {MminP, MminP};

	always @(*) begin    					// Rotate {0 | 4 | 8 | 12} bits
	  case (Shift[3:2])
			// Rotate by 0
			2'b00: //Lvl2 <= Stage1[`DWIDTH:0];
      begin Lvl2 = Stage1[`DWIDTH:0];  end
			// Rotate by 4
			2'b01: //begin for (i=2*`DWIDTH+1; i>=`DWIDTH+1; i=i-1) begin Lvl2[i-33] <= Stage1[i-4]; end Lvl2[3:0] <= 0; end
      begin Lvl2[`DWIDTH: (`DWIDTH-4)] = Stage1[3:0]; Lvl2[`DWIDTH-4-1:0] = Stage1[`DWIDTH-4]; end
			// Rotate by 8
			2'b10: //begin for (i=2*`DWIDTH+1; i>=`DWIDTH+1; i=i-1) begin Lvl2[i-33] <= Stage1[i-8]; end Lvl2[7:0] <= 0; end
      begin Lvl2[`DWIDTH: (`DWIDTH-8)] = Stage1[3:0]; Lvl2[`DWIDTH-8-1:0] = Stage1[`DWIDTH-8]; end
			// Rotate by 12
			2'b11: //begin for (i=2*`DWIDTH+1; i>=`DWIDTH+1; i=i-1) begin Lvl2[i-33] <= Stage1[i-12]; end Lvl2[11:0] <= 0; end
      begin Lvl2[`DWIDTH: (`DWIDTH-12)] = Stage1[3:0]; Lvl2[`DWIDTH-12-1:0] = Stage1[`DWIDTH-12]; end
	  endcase
	end

	assign Stage2 = {Lvl2, Lvl2};

	always @(*) begin   				 		// Rotate {0 | 1 | 2 | 3} bits
	  case (Shift[1:0])
			// Rotate by 0
			2'b00:  //Lvl3 <= Stage2[`DWIDTH:0];
      begin Lvl3 = Stage2[`DWIDTH:0]; end
			// Rotate by 1
			2'b01: //begin for (i=2*`DWIDTH+1; i>=`DWIDTH+1; i=i-1) begin Lvl3[i-`DWIDTH-1] <= Stage2[i-1]; end Lvl3[0] <= 0; end
      begin Lvl3[`DWIDTH: (`DWIDTH-1)] = Stage2[3:0]; Lvl3[`DWIDTH-1-1:0] = Stage2[`DWIDTH-1]; end
			// Rotate by 2
			2'b10: //begin for (i=2*`DWIDTH+1; i>=`DWIDTH+1; i=i-1) begin Lvl3[i-`DWIDTH-1] <= Stage2[i-2]; end Lvl3[1:0] <= 0; end
      begin Lvl3[`DWIDTH: (`DWIDTH-2)] = Stage2[3:0]; Lvl3[`DWIDTH-2-1:0] = Stage2[`DWIDTH-2]; end
			// Rotate by 3
			2'b11: //begin for (i=2*`DWIDTH+1; i>=`DWIDTH+1; i=i-1) begin Lvl3[i-`DWIDTH-1] <= Stage2[i-3]; end Lvl3[2:0] <= 0; end
      begin Lvl3[`DWIDTH: (`DWIDTH-3)] = Stage2[3:0]; Lvl3[`DWIDTH-3-1:0] = Stage2[`DWIDTH-3]; end
	  endcase
	end

	// Assign outputs
	assign Mmin = Lvl3;						// Take out smaller mantissa

endmodule
module FPAddSub_NormalizeModule(
		Sum,
		Mmin,
		Shift
    );

	// Input ports
	input [`DWIDTH:0] Sum ;					// Mantissa sum including hidden 1 and GRS

	// Output ports
	output [`DWIDTH:0] Mmin ;					// Mantissa after 16|0 shift
	output [4:0] Shift ;					// Shift amount

	// Determine normalization shift amount by finding leading nought
	assign Shift =  (
		Sum[16] ? 5'b00000 :
		Sum[15] ? 5'b00001 :
		Sum[14] ? 5'b00010 :
		Sum[13] ? 5'b00011 :
		Sum[12] ? 5'b00100 :
		Sum[11] ? 5'b00101 :
		Sum[10] ? 5'b00110 :
		Sum[9] ? 5'b00111 :
		Sum[8] ? 5'b01000 :
		Sum[7] ? 5'b01001 :
		Sum[6] ? 5'b01010 :
		Sum[5] ? 5'b01011 :
		Sum[4] ? 5'b01100 : 5'b01101
	//	Sum[19] ? 5'b01101 :
	//	Sum[18] ? 5'b01110 :
	//	Sum[17] ? 5'b01111 :
	//	Sum[16] ? 5'b10000 :
	//	Sum[15] ? 5'b10001 :
	//	Sum[14] ? 5'b10010 :
	//	Sum[13] ? 5'b10011 :
	//	Sum[12] ? 5'b10100 :
	//	Sum[11] ? 5'b10101 :
	//	Sum[10] ? 5'b10110 :
	//	Sum[9] ? 5'b10111 :
	//	Sum[8] ? 5'b11000 :
	//	Sum[7] ? 5'b11001 : 5'b11010
	);

	reg	  [`DWIDTH:0]		Lvl1;

	always @(*) begin
		// Rotate by 16?
		Lvl1 <= Shift[4] ? {Sum[8:0], 8'b00000000} : Sum;
	end

	// Assign outputs
	assign Mmin = Lvl1;						// Take out smaller mantissa

endmodule
module FPAddSub_ExecutionModule(
		Mmax,
		Mmin,
		Sa,
		Sb,
		MaxAB,
		OpMode,
		Sum,
		PSgn,
		Opr
    );

	// Input ports
	input [`MANTISSA-1:0] Mmax ;					// The larger mantissa
	input [`MANTISSA:0] Mmin ;					// The smaller mantissa
	input Sa ;								// Sign bit of larger number
	input Sb ;								// Sign bit of smaller number
	input MaxAB ;							// Indicates the larger number (0/A, 1/B)
	input OpMode ;							// Operation to be performed (0/Add, 1/Sub)

	// Output ports
	output [`DWIDTH:0] Sum ;					// The result of the operation
	output PSgn ;							// The sign for the result
	output Opr ;							// The effective (performed) operation

	assign Opr = (OpMode^Sa^Sb); 		// Resolve sign to determine operation

	// Perform effective operation
	assign Sum = (OpMode^Sa^Sb) ? ({1'b1, Mmax, 5'b00000} - {Mmin, 5'b00000}) : ({1'b1, Mmax, 5'b00000} + {Mmin, 5'b00000}) ;

	// Assign result sign
	assign PSgn = (MaxAB ? Sb : Sa) ;

endmodule
module FPAddSub_AlignShift2(
		MminP,
		Shift,
		Mmin
	);

	// Input ports
	input [`MANTISSA:0] MminP ;						// Smaller mantissa after 16|12|8|4 shift
	input [1:0] Shift ;						// Shift amount

	// Output ports
	output [`MANTISSA:0] Mmin ;						// The smaller mantissa

	// Internal Signal
	reg	  [`MANTISSA:0]		Lvl3;
	wire    [2*`MANTISSA+1:0]    Stage2;
	integer           j;               // Loop variable

	assign Stage2 = {11'b0, MminP};

	always @(*) begin    // Rotate {0 | 1 | 2 | 3} bits
	  case (Shift[1:0])
			// Rotate by 0
			2'b00:  Lvl3 <= Stage2[`MANTISSA:0];
			// Rotate by 1
			2'b01:  begin for (j=0; j<=`MANTISSA; j=j+1)  begin Lvl3[j] <= Stage2[j+1]; end /*Lvl3[`MANTISSA] <= 0; */end
			// Rotate by 2
			2'b10:  begin for (j=0; j<=`MANTISSA; j=j+1)  begin Lvl3[j] <= Stage2[j+2]; end /*Lvl3[`MANTISSA:`MANTISSA-1] <= 0;*/ end
			// Rotate by 3
			2'b11:  begin for (j=0; j<=`MANTISSA; j=j+1)  begin Lvl3[j] <= Stage2[j+3]; end /*Lvl3[`MANTISSA:`MANTISSA-2] <= 0;*/ end
	  endcase
	end

	// Assign output
	assign Mmin = Lvl3;						// Take out smaller mantissa

endmodule
module FPAddSub_AlignShift1(
		MminP,
		Shift,
		Mmin
	);

	// Input ports
	input [`MANTISSA-1:0] MminP ;						// Smaller mantissa after 16|12|8|4 shift
	input [2:0] Shift ;						// Shift amount

	// Output ports
	output [`MANTISSA:0] Mmin ;						// The smaller mantissa

	// Internal signals
	reg	  [`MANTISSA:0]		Lvl1;
	reg	  [`MANTISSA:0]		Lvl2;
	wire    [2*`MANTISSA+1:0]    Stage1;
	integer           i;                // Loop variable

	always @(*) begin
		// Rotate by 16?
		//Lvl1 <= Shift[2] ? {17'b00000000000000001, MminP[22:16]} : {1'b1, MminP};
		Lvl1 <= Shift[2] ? {11'b0000000000} : {1'b1, MminP};

	end

	assign Stage1 = { 11'b0, Lvl1};

	always @(*) begin    					// Rotate {0 | 4 | 8 | 12} bits
	  case (Shift[1:0])
			// Rotate by 0
			2'b00:  Lvl2 <= Stage1[`MANTISSA:0];
			// Rotate by 4
			2'b01:  begin for (i=0; i<=`MANTISSA; i=i+1) begin Lvl2[i] <= Stage1[i+4]; end /*Lvl2[`MANTISSA:`MANTISSA-3] <= 0;*/ end
			// Rotate by 8
			2'b10:  begin for (i=0; i<=`MANTISSA; i=i+1) begin Lvl2[i] <= Stage1[i+8]; end /*Lvl2[`MANTISSA:`MANTISSA-7] <= 0;*/ end
			// Rotate by 12
			2'b11: Lvl2[`MANTISSA: 0] <= 0;
			//2'b11:  begin for (i=0; i<=`MANTISSA; i=i+1) begin Lvl2[i] <= Stage1[i+12]; end Lvl2[`MANTISSA:`MANTISSA-12] <= 0; end
	  endcase
	end

	// Assign output to next shift stage
	assign Mmin = Lvl2;

endmodule
module FPAddSub_AlignModule (
		A,
		B,
		ShiftDet,
		CExp,
		MaxAB,
		Shift,
		Mmin,
		Mmax
	);

	// Input ports
	input [`DWIDTH-2:0] A ;								// Input A, a 32-bit floating point number
	input [`DWIDTH-2:0] B ;								// Input B, a 32-bit floating point number
	input [9:0] ShiftDet ;

	// Output ports
	output [`EXPONENT-1:0] CExp ;							// Common Exponent
	output MaxAB ;									// Incidates larger of A and B (0/A, 1/B)
	output [4:0] Shift ;							// Number of steps to smaller mantissa shift right
	output [`MANTISSA-1:0] Mmin ;							// Smaller mantissa
	output [`MANTISSA-1:0] Mmax ;							// Larger mantissa

	// Internal signals
	//wire BOF ;										// Check for shifting overflow if B is larger
	//wire AOF ;										// Check for shifting overflow if A is larger

	assign MaxAB = (A[`DWIDTH-2:0] < B[`DWIDTH-2:0]) ;
	//assign BOF = ShiftDet[9:5] < 25 ;		// Cannot shift more than 25 bits
	//assign AOF = ShiftDet[4:0] < 25 ;		// Cannot shift more than 25 bits

	// Determine final shift value
	//assign Shift = MaxAB ? (BOF ? ShiftDet[9:5] : 5'b11001) : (AOF ? ShiftDet[4:0] : 5'b11001) ;

	assign Shift = MaxAB ? ShiftDet[9:5] : ShiftDet[4:0] ;

	// Take out smaller mantissa and append shift space
	assign Mmin = MaxAB ? A[`MANTISSA-1:0] : B[`MANTISSA-1:0] ;

	// Take out larger mantissa
	assign Mmax = MaxAB ? B[`MANTISSA-1:0]: A[`MANTISSA-1:0] ;

	// Common exponent
	assign CExp = (MaxAB ? B[`MANTISSA+`EXPONENT-1:`MANTISSA] : A[`MANTISSA+`EXPONENT-1:`MANTISSA]) ;

endmodule
module FPAddSub_PrealignModule(
		A,
		B,
		operation,
		Sa,
		Sb,
		ShiftDet,
		InputExc,
		Aout,
		Bout,
		Opout
	);

	// Input ports
	input [`DWIDTH-1:0] A ;										// Input A, a 32-bit floating point number
	input [`DWIDTH-1:0] B ;										// Input B, a 32-bit floating point number
	input operation ;

	// Output ports
	output Sa ;												// A's sign
	output Sb ;												// B's sign
	output [9:0] ShiftDet ;
	output [4:0] InputExc ;								// Input numbers are exceptions
	output [`DWIDTH-2:0] Aout ;
	output [`DWIDTH-2:0] Bout ;
	output Opout ;

	// Internal signals									// If signal is high...
	wire ANaN ;												// A is a NaN (Not-a-Number)
	wire BNaN ;												// B is a NaN
	wire AInf ;												// A is infinity
	wire BInf ;												// B is infinity
	wire [`EXPONENT-1:0] DAB ;										// ExpA - ExpB
	wire [`EXPONENT-1:0] DBA ;										// ExpB - ExpA

	assign ANaN = &(A[`DWIDTH-2:`DWIDTH-1-`EXPONENT]) & |(A[`MANTISSA-1:0]) ;		// All one exponent and not all zero mantissa - NaN
	assign BNaN = &(B[`DWIDTH-2:`DWIDTH-1-`EXPONENT]) & |(B[`MANTISSA-1:0]);		// All one exponent and not all zero mantissa - NaN
	assign AInf = &(A[`DWIDTH-2:`DWIDTH-1-`EXPONENT]) & ~|(A[`MANTISSA-1:0]) ;	// All one exponent and all zero mantissa - Infinity
	assign BInf = &(B[`DWIDTH-2:`DWIDTH-1-`EXPONENT]) & ~|(B[`MANTISSA-1:0]) ;	// All one exponent and all zero mantissa - Infinity

	// Put all flags into exception vector
	assign InputExc = {(ANaN | BNaN | AInf | BInf), ANaN, BNaN, AInf, BInf} ;

	//assign DAB = (A[30:23] - B[30:23]) ;
	//assign DBA = (B[30:23] - A[30:23]) ;
	assign DAB = (A[`DWIDTH-2:`MANTISSA] + ~(B[`DWIDTH-2:`MANTISSA]) + 1) ;
	assign DBA = (B[`DWIDTH-2:`MANTISSA] + ~(A[`DWIDTH-2:`MANTISSA]) + 1) ;

	assign Sa = A[`DWIDTH-1] ;									// A's sign bit
	assign Sb = B[`DWIDTH-1] ;									// B's sign	bit
	assign ShiftDet = {DBA[4:0], DAB[4:0]} ;		// Shift data
	assign Opout = operation ;
	assign Aout = A[`DWIDTH-2:0] ;
	assign Bout = B[`DWIDTH-2:0] ;

endmodule